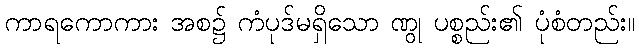
ကာရကောကား အစ၌ ကံပုဒ်မရှိသော ဏွု ပစ္စည်း၏ ပုံစံတည်း။